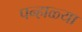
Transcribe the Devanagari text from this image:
पन्हाळ्या